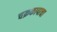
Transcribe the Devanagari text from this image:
चक्रकापाचा